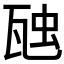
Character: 𭺟